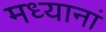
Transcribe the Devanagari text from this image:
मध्यानां